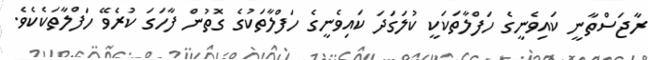
ރާޖަސްތާނީ ކައިވެނީގެ ހަފްލާތަކަކީ ކުލަގަދަ ކައިވެނީގެ ހަފްލާތަކުގެ ގޮތުން ފާހަގަ ކުރެވޭ ހަފްލާތަކެކެވެ.